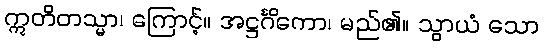
ဣတိတသ္မာ၊ ကြောင့်။ အဋ္ဌင်္ဂိကော၊ မည်၏။ သွာယံ သော